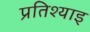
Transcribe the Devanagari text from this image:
प्रतिश्याइ